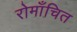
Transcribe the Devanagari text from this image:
रोमाँचित